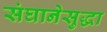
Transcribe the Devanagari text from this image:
संघानेसुद्धा